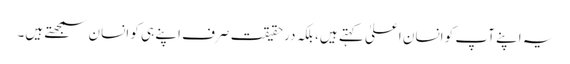
یہ اپنے آپ کو انسان اعلیٰ کہتے ہیں، بلکہ درحقیقت صرف اپنے ہی کو انسان سمجھتے ہیں۔